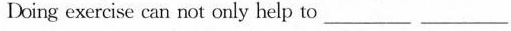
Doing exercise can not only help to ____ ____ ____